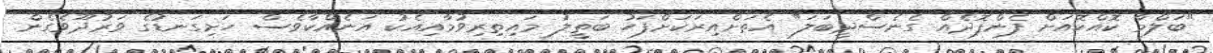
"ބަލްމާ ކޮއްކޮއަށް ފެންފޮދެއް ގެނެސްދީބަލަ" އެތަށްއިރަކަށްފަހު ބަތީލު މައިތިރިވުމާއިއެކު އަނެއްކާވެސް ހަށިގަނޑުގެ ވަރުދޫވެގެން